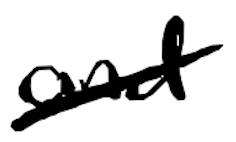
Text: and
Cross-out: diagonal
Writing tool: digital_black